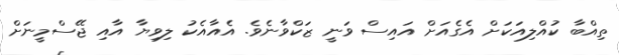
ތިއްބާ ކުއްލިއަކަށް އެގެއަށް އައިސް ވަނީ ޒަކްވާނެވެ. އެއާއެކު ލިވިޔާ އާއި ޖޭސްމީނަށް